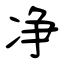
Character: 净